Statistical return of the lunatic asylum in Assam - 1912-1932
Year: 1912
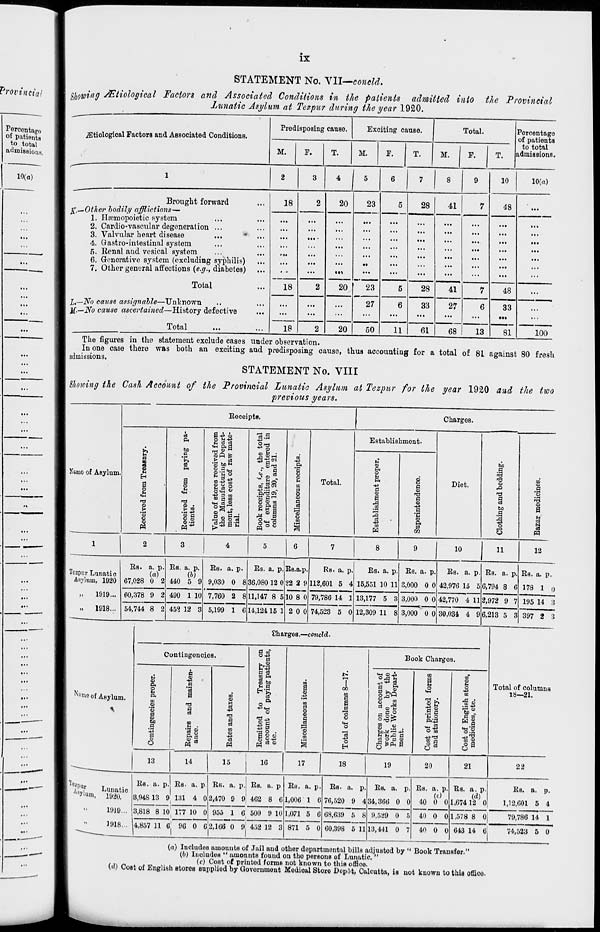
ix
Provincial
Percentage)
of pationta
to total
admissions.
10(a)
• ■•
...
...
...
...
STATEMENT No. Vll—eoneld.
Showing /Etiological Factors and Associated Conditions in the patients admitted into the Provincial
Lunatic Asylum at Tezpur during the year 1920.
jEtiological Factors and Associated Conditions.
Predisposing cause.
Exciting cause.
Total.
i
Percentage
of patients
M.
P.
T.
M.
F.
T.
M.
P.
T.
to total
idmissions.
1
2
3
4 I 5
6
7
8
9
10
10(a)
Brought forward
£,—Other bodily afflictions—
1. Hfemopoietic system
2. Cardio-vascular degeneration ...
3. Valvular heart disease
...
* ...
4. Q astro-intestinal system
5. Renal and vesical system
6. Generative system (excluding syphilis)
7. Other general affections {e.g., diabetes)
18
2
20
23
5
28
41
7
48
...
18
...
in
23
27
!
••
...
...
"
...
Total
2
20
5
28
41
27
7
48
...
Jj,—No cause assignable—Unknown
J£.~No cause ascertained—History defective
18
...
...
6
33
6
33
...
Total
2
20
50
11
61
68
13
81
100
The figures in the statement exclude cases under observation.
In one case there was both an exciting and predisposing cause, thus accounting for a total of 8L against 80 fresh
admissions.
STATEMENT No. VIII
Showing the Cash Account of the Provincial Lunatic Asylum at Tezpur for the year 1920 and the two
previous years.
Receipts.
Charges.
03
ft
6 -^ o
5 3-S
3-s
Establishment.
H 5 3
** ft g
■8 H
m
to
c
i
_, CD w
•g to"
m
43
ft
u
CD
ft
to
a
Namo of Asylum.
B E
H
a o c
«w
1 5
o.
ae of stores rec
) Manufacturii
nt, less cost of
1.
.^ CD rt
CD
o
CD
O
E
ft
■+=
a
CD
a
3 to
c3
.
8 a
CD
a
CD
43
a
•3
CD
n3
T3
.
a
o
C
<w -
CD
•
t> to
.!-< ■*>
o c
k receipts, «
expenditur
umns 19, 20,
E
3
o
CD
a
<a
% o
Total.
Diet.
o
■a
H3
a
a
S
'3
e
.2
m o
a
M
3
O CD
^S H CD 03
w°8
m
1
43
09
ft
m
5
pq
1
2
3
4
5
6
7
8
9
|
10
11
12
Rs. a. p. Rs. a. p.
Rs. a. p
Rs. a. p.Rs.a.p.
Rs. a. p.
Rs. a. p. Rs. a. p.
Rs. a. p. Rs. a. P« Rs. a. p.
Tezpur Lunatic
(a)
(b)
Aftflum, 1920 67,028 0 2 440 5 9 9,030 0 8 36,080 12 0 22 2 9
10 8 0
112,601 5 4 15,551 10 11 3,000 0 0 42,976 15 5 6,794 8 6 178 1 o
>,
1919... 00,378 9 2 490 1 10 7,760 2 8 11,147 8 5
79,786 14 1 13,177 5 3 3,000 0 0 42,770 4 11 2,972 9 7 195 14 3
.,
1918... 54,744 8 2 452 12 3 5,199 1 6 14,124 15 1 2 0 0 74,523 5 0 12,309 11 8 3,000 0 0 30,034 4 9 6,213 5 3 397 2 3
•
Charges.—concld.
Contingencies.
"1
Book Charges.
to ft
e If
u
5
ft
1
CO
a
1*1
to
a y o
CO
CD
E
o
Total of columns
N mno of Asylum.
o
E
1
u
to
h •
&2
p-fi
w
§*Q
**
to
18—21.
Contingencies p
CO
CD
W
T3
9
a)
o
a
Remitted to
account of pa
etc.
eg
pi
o
CD
e
|
3 o m
s
1
B
o
o
"ol
O
Charges on ace
work done 1
Public Works
ment.
Cost of printed
and stationery.
Cost of English
medicines, etc.
13
14
15
!
16
17
18
19
20
21
22
V, r
Lunatic
a »ylum, 1020.
1919...
Rs. a. p. Rs. a. p
3.04S 13 9 181 4 0
Re. a.
2,470 9
P-
9
Rs. a. p
462 8 6
Rs. a. p.
1,006 1 6
Rs. a
76,520
• P.
9 4
Rs. a. p.
34,366 0 0
Rs. a. p.
40 0 0
Rs. a. p.
(A)
1,674 12 0
Rs. a. p.
1,12,601 5 4
3,818 8 10 177 10 0 955 1 6 500 9 10 1,071 5 6 68,639 5 8 9,529 0 5 40 0 0 1,578 8 Oj
79,786 14 1
391 8... 4,857 11 6] 96 0 G 2,166 0 9 452 12 3 871 5 0 60,398 5 11 13,441 0 7 40 0 0 643 14 6
74,523 5 0
(a) Includes amounts of Jail and othor departmental bills adjusted by " Book Transfer."
(6) Inoludoa " amonnts found on tho personB of Lunatic. "
(r) Cost of priutod forraB not known to this office.
(.d) Coat of English stores supplied by Govoriimont Modioal Store Depot, Calcutta, is not known to this offico.